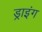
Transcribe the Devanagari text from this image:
ड्राइंंग